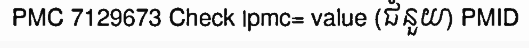
PMC 7129673 Check |pmc= value (ជំនួយ) PMID